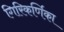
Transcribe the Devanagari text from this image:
गिरिकर्णिका